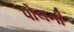
પોલની